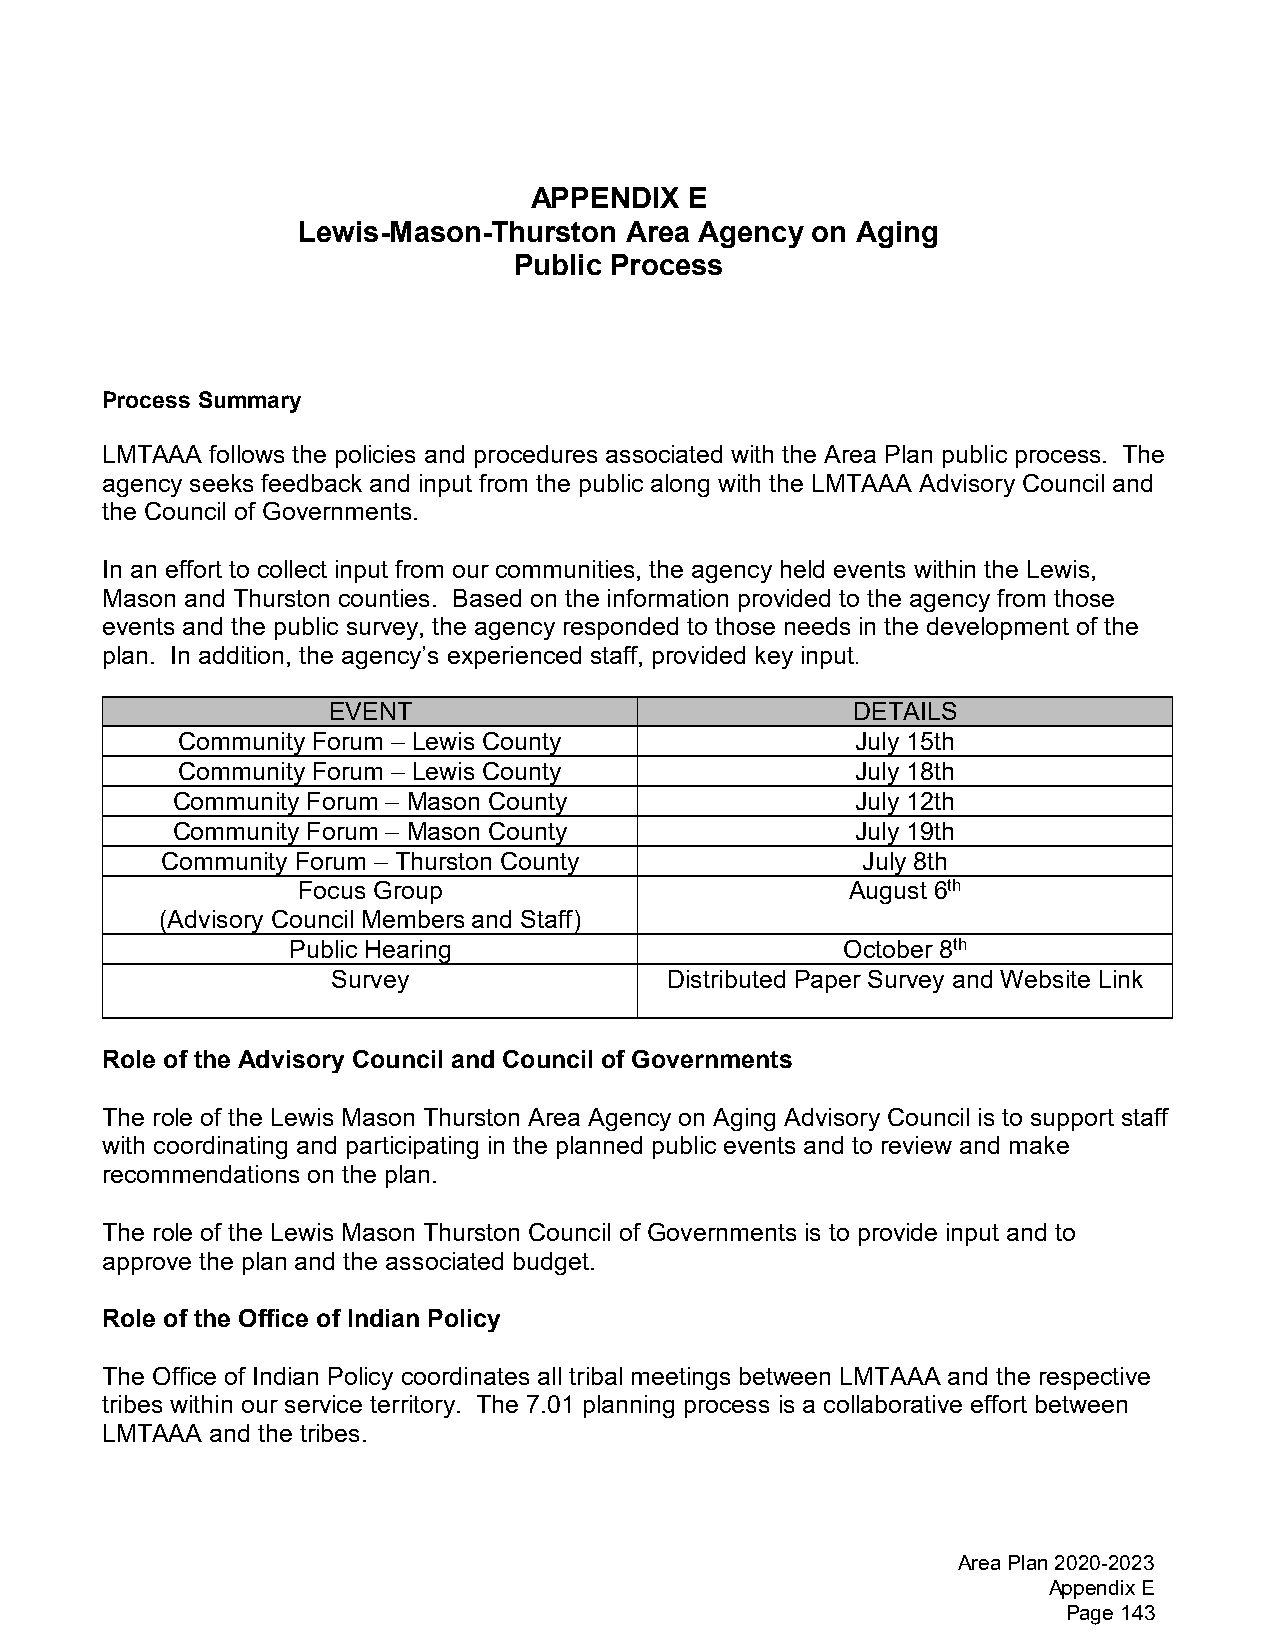
APPENDIX   E
 Lewis-Mason-Thurston Area Agency  on Aging
 Public Process
 Process Summary
 LMTAAA follows the policies and procedures associated with the Area Plan public process. The
 agency seeks feedback and input from the public along with the LMTAAA Advisory Council and
 the Council of Governments.
 In an effort to collect input from our communities, the agency held events within the Lewis,
 Mason and Thurston counties. Based on the information provided to the agency from those
 events and the public survey, the agency responded to those needs in the development of the
 plan. In addition, the agency’s experienced staff, provided key input.
 EVENT                             DETAILS
 Community Forum – Lewis County               July 15th
 Community Forum – Lewis County               July 18th
 Community Forum – Mason County                July 12th
 Community Forum – Mason County                July 19th
 Community Forum – Thurston County             July 8th
 Focus Group                         August 6th
 (Advisory Council Members and Staff)
 Public Hearing                       October 8th
 Survey                Distributed Paper Survey and Website Link
 Role of the Advisory Council and Council of Governments
 The role of the Lewis Mason Thurston Area Agency on Aging Advisory Council is to support staff
 with coordinating and participating in the planned public events and to review and make
 recommendations on the plan.
 The role of the Lewis Mason Thurston Council of Governments is to provide input and to
 approve the plan and the associated budget.
 Role of the Office of Indian Policy
 The Office of Indian Policy coordinates all tribal meetings between LMTAAA and the respective
 tribes within our service territory. The 7.01 planning process is a collaborative effort between
 LMTAAA and the tribes.
 Area Plan 2020-2023
 Appendix E
 Page 143